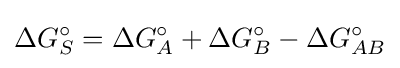
\Delta G_{S}^{\circ }=\Delta G_{A}^{\circ }+\Delta G_{B}^{\circ }-\Delta G_{AB}^{\circ }